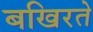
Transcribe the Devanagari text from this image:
बखिरते